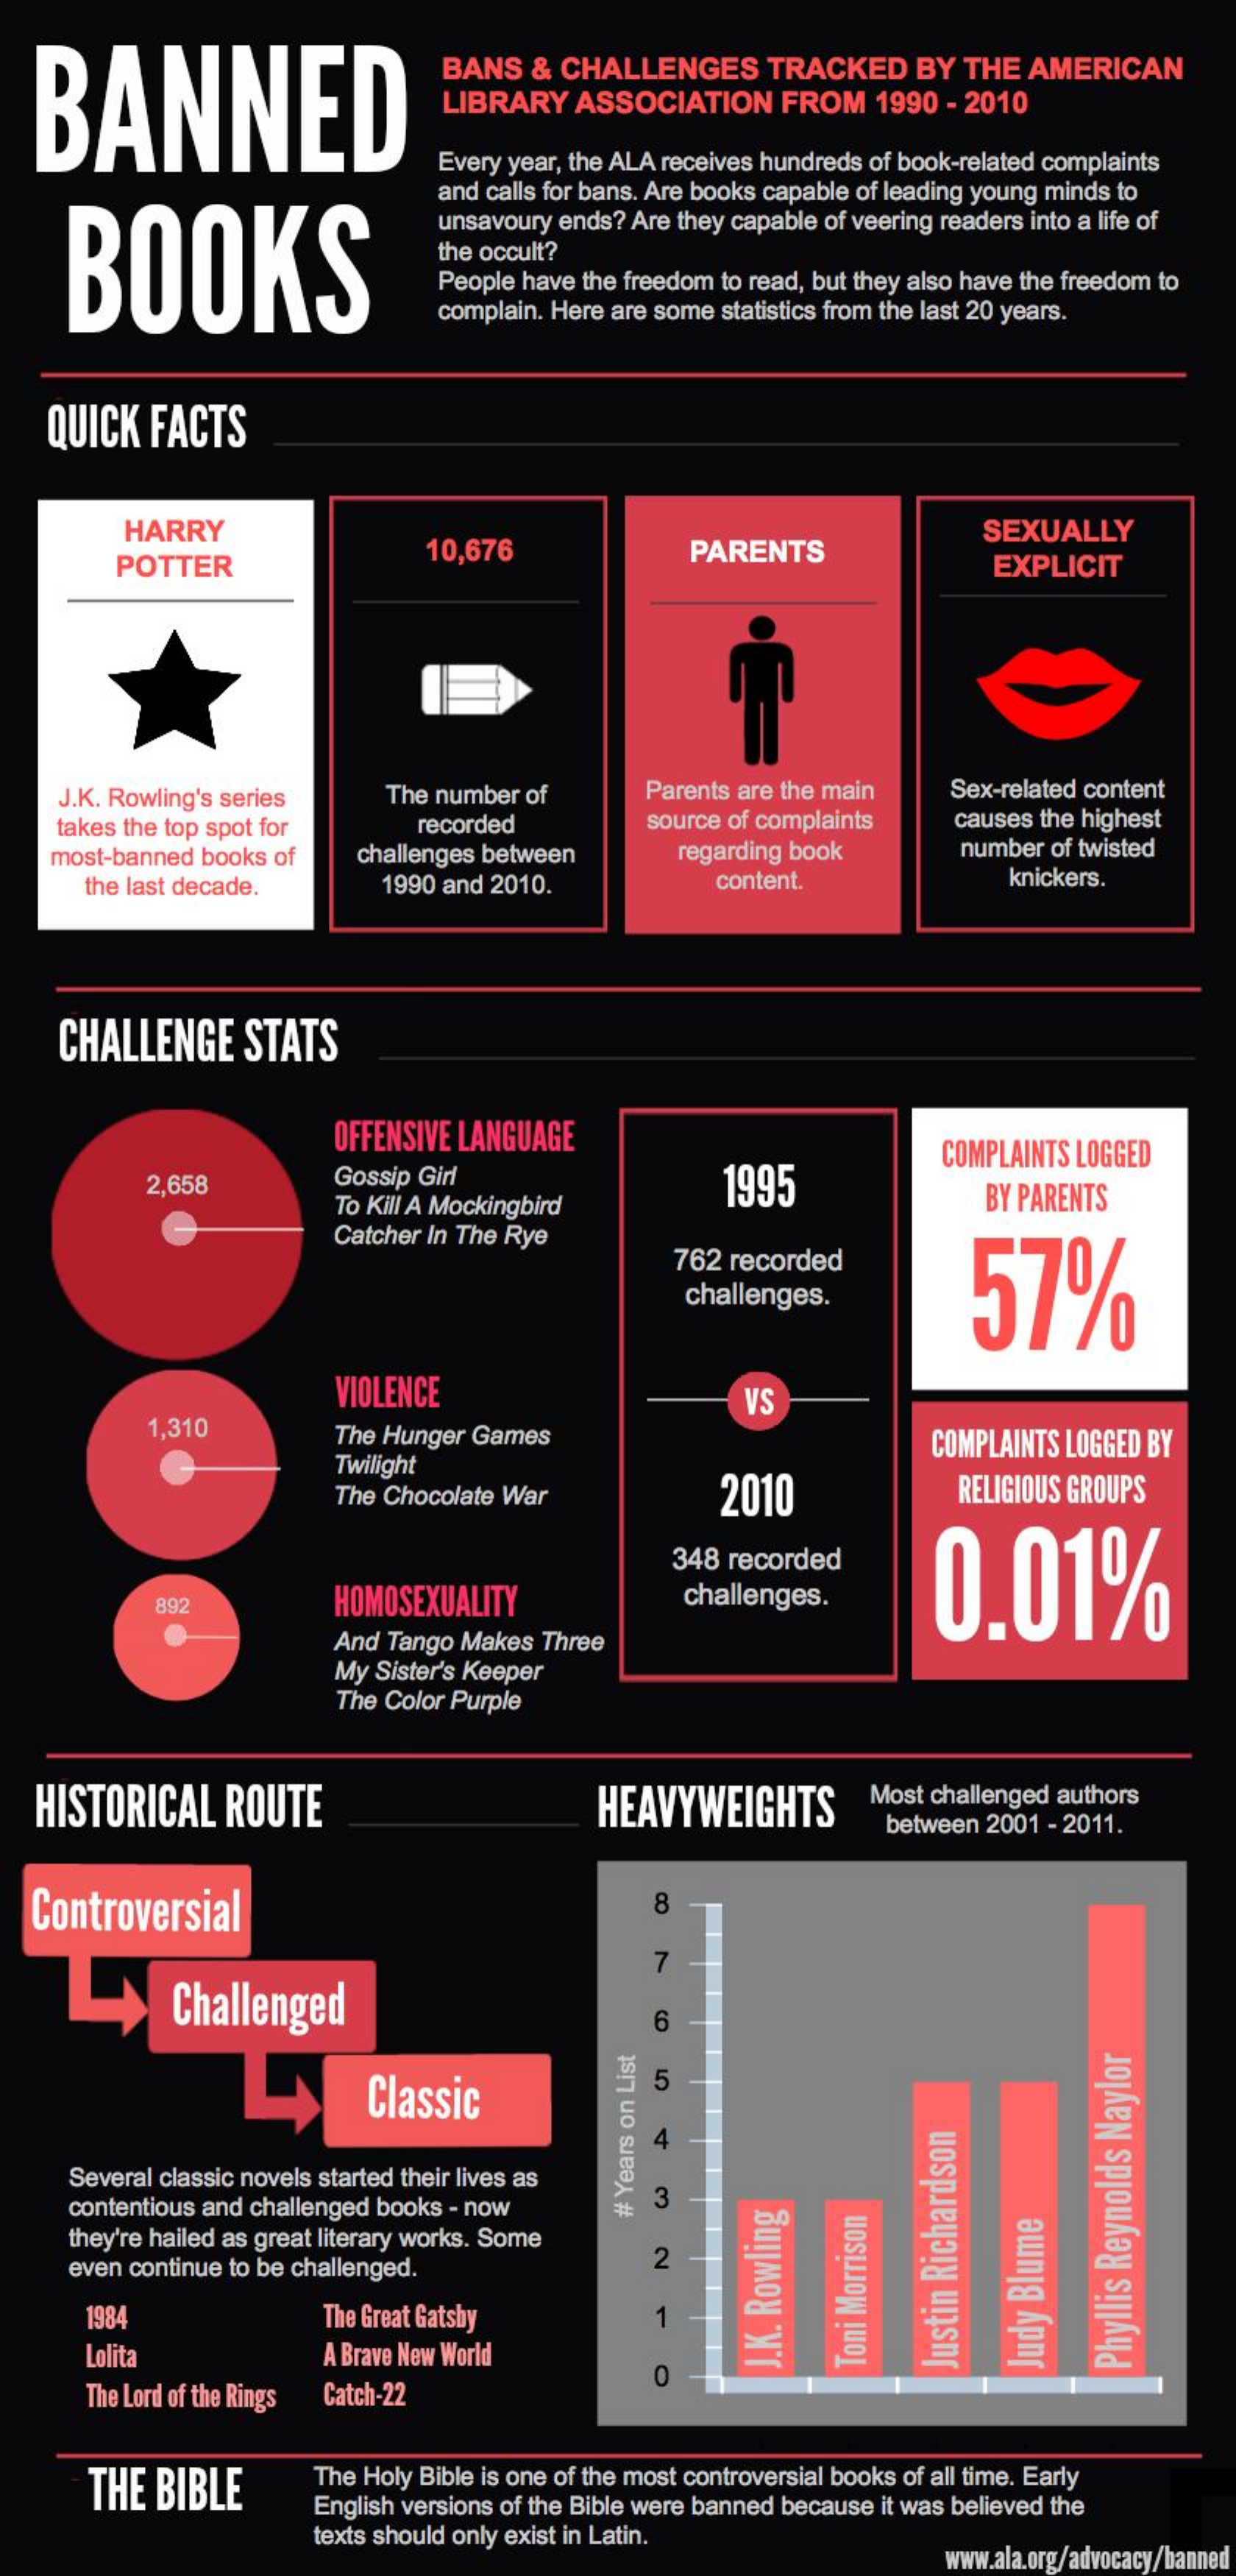
BANNED
     BANS  & CHALLENGES    TRACKED   BY THE AMERICAN
     LIBRARY  ASSOCIATION   FROM  1990 - 2010
     Every year, the ALA receives hundreds of book-related complaints
     BOOKS
     and calls for bans. Are books capable of leading young minds to
     unsavoury ends? Are they capable of veering readers into a life of
     People have the freedom to read, but they also have the freedom to
     the occult?
     complain. Here are some statistics from the last 20 years.
   QUICK  FACTS
     HARRY
     POTTER
     10,676    PARENTS
     SEXUALLY
     EXPLICIT
    J.K. Rowling's series The number of    Parents are the main Sex-related content
    takes the top spot for  recorded    source of complaints causes the highest
    most-banned books of challenges between    number of twisted
     the last decade.    1990 and 2010.
     regarding book
     content.    knickers.
    CHALLENGE    STATS
     OFFENSIVE LANGUAGE
     1995
     COMPLAINTS LOGGED
     2,658    Gossip Girl
     To Kill A Mockingbird    BY PARENTS
     Catcher In The Rye
     762 recorded
     57% challenges.
     VIOLENCE
     1,310
     VS
     The Hunger Games
     Twilight
     COMPLAINTS LOGGED BY
     The Chocolate War    2010    RELIGIOUS GROUPS
     348 recorded
     0.01%
     892    HOMOSEXUALITY    challenges.
     And Tango Makes Three
     My Sister's Keeper
     The Color Purple
   HISTORICAL  ROUTE    HEAVYWEIGHTS    Most challenged authors
     between 2001 - 2011.
  Controversial    8
     7
     Challenged    6
     Classic
     5
     4
     Several classic novels started their lives as
     contentious and challenged books - now 3
     #
     Years
     on
     List
     they're hailed as great literary works. Some
     even continue to be challenged.    2
     1984    The Great Gatsby
     Lolita    A Brave New World    J.K.
     Rowling
     The Lord of the Rings
     0
     Toni
     Morrison
     Justin
     Richardson
     Judy
     Blume
     Catch-22
     Phyllis
     Reynolds
     Naylor
     THE BIBLE    The Holy Bible is one of the most controversial books of all time. Early
     English versions of the Bible were banned because it was believed the
     texts should only exist in Latin.
     www.ala.org/advocacy/banned